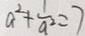
a ^ { 2 } + \frac { 1 } { a ^ { 2 } } = 7